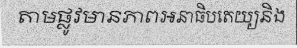
តាមផ្លូវមានភាពអនាធិបតេយ្យនិង